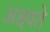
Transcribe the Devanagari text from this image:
अक्ष्यते